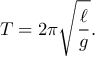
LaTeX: T = 2 \pi { \sqrt { \frac { \ell } { g } } } .